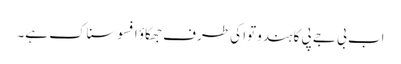
اب بی جے پی کا ہندوتوا کی طرف جھکاؤ افسوسناک ہے۔